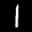
Label: 1